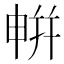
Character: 𭦘